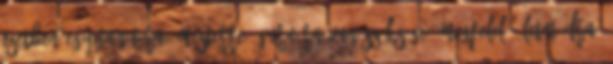
esetben egy tanítóra, mesterre, guru-ra van szüksége, megfelelő életmódra,